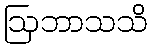
ဩဘာသသိ